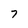
Character: 7